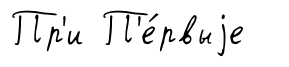
Пр'и П'е́рвыjе